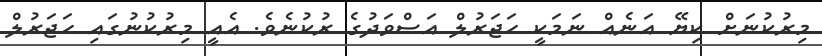
މިރުކުނަށް ކިޔޭ އަނެއް ނަމަކީ ޙަޖަރުލް އަސްވަދުގެ ރުކުނެވެ. އެއީ މިރުކުނުގައި ޙަޖަރުލް